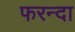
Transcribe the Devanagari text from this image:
फरन्दा